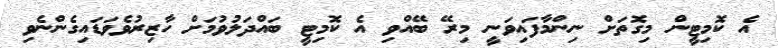
އެ ކޮމިޓީން މިގޮތަށް ނިންމާފައިވަނީ މިރޭ ބޭއްވި އެ ކޮމިޓީ ބައްދަލުވުމަށް ހާޒިރުވެވަޑައިގެންނެވި